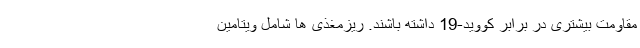
مقاومت بیشتری در برابر کووید-19 داشته باشند. ریزمغذی ها شامل ویتامین